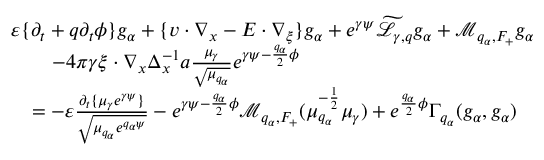
\begin{array} { r l } & { \varepsilon \{ \partial _ { t } + q \partial _ { t } \phi \} g _ { \alpha } + \{ v \cdot \nabla _ { x } - E \cdot \nabla _ { \xi } \} g _ { \alpha } + e ^ { \gamma \psi } \widetilde { \mathcal L } _ { \gamma , q } g _ { \alpha } + \mathcal M _ { q _ { \alpha } , F _ { + } } g _ { \alpha } } \\ & { \quad \quad - 4 \pi \gamma \xi \cdot \nabla _ { x } \Delta _ { x } ^ { - 1 } a \frac { \mu _ { \gamma } } { \sqrt { \mu _ { q _ { \alpha } } } } e ^ { \gamma \psi - \frac { q _ { \alpha } } { 2 } \phi } } \\ & { \quad = - \varepsilon \frac { \partial _ { t } \{ \mu _ { \gamma } e ^ { \gamma \psi } \} } { \sqrt { \mu _ { q _ { \alpha } } e ^ { q _ { \alpha } \psi } } } - e ^ { \gamma \psi - \frac { q _ { \alpha } } { 2 } \phi } \mathcal M _ { q _ { \alpha } , F _ { + } } ( \mu _ { q _ { \alpha } } ^ { - \frac { 1 } { 2 } } \mu _ { \gamma } ) + e ^ { \frac { q _ { \alpha } } { 2 } \phi } \Gamma _ { q _ { \alpha } } ( g _ { \alpha } , g _ { \alpha } ) } \end{array}